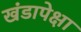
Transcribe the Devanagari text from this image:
खंडापेक्षा